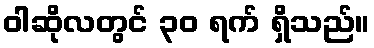
ဝါဆိုလတွင် ၃၀ ရက် ရှိသည်။